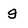
Character: g